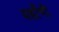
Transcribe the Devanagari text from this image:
यहाँभी